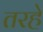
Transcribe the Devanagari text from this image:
तरहे